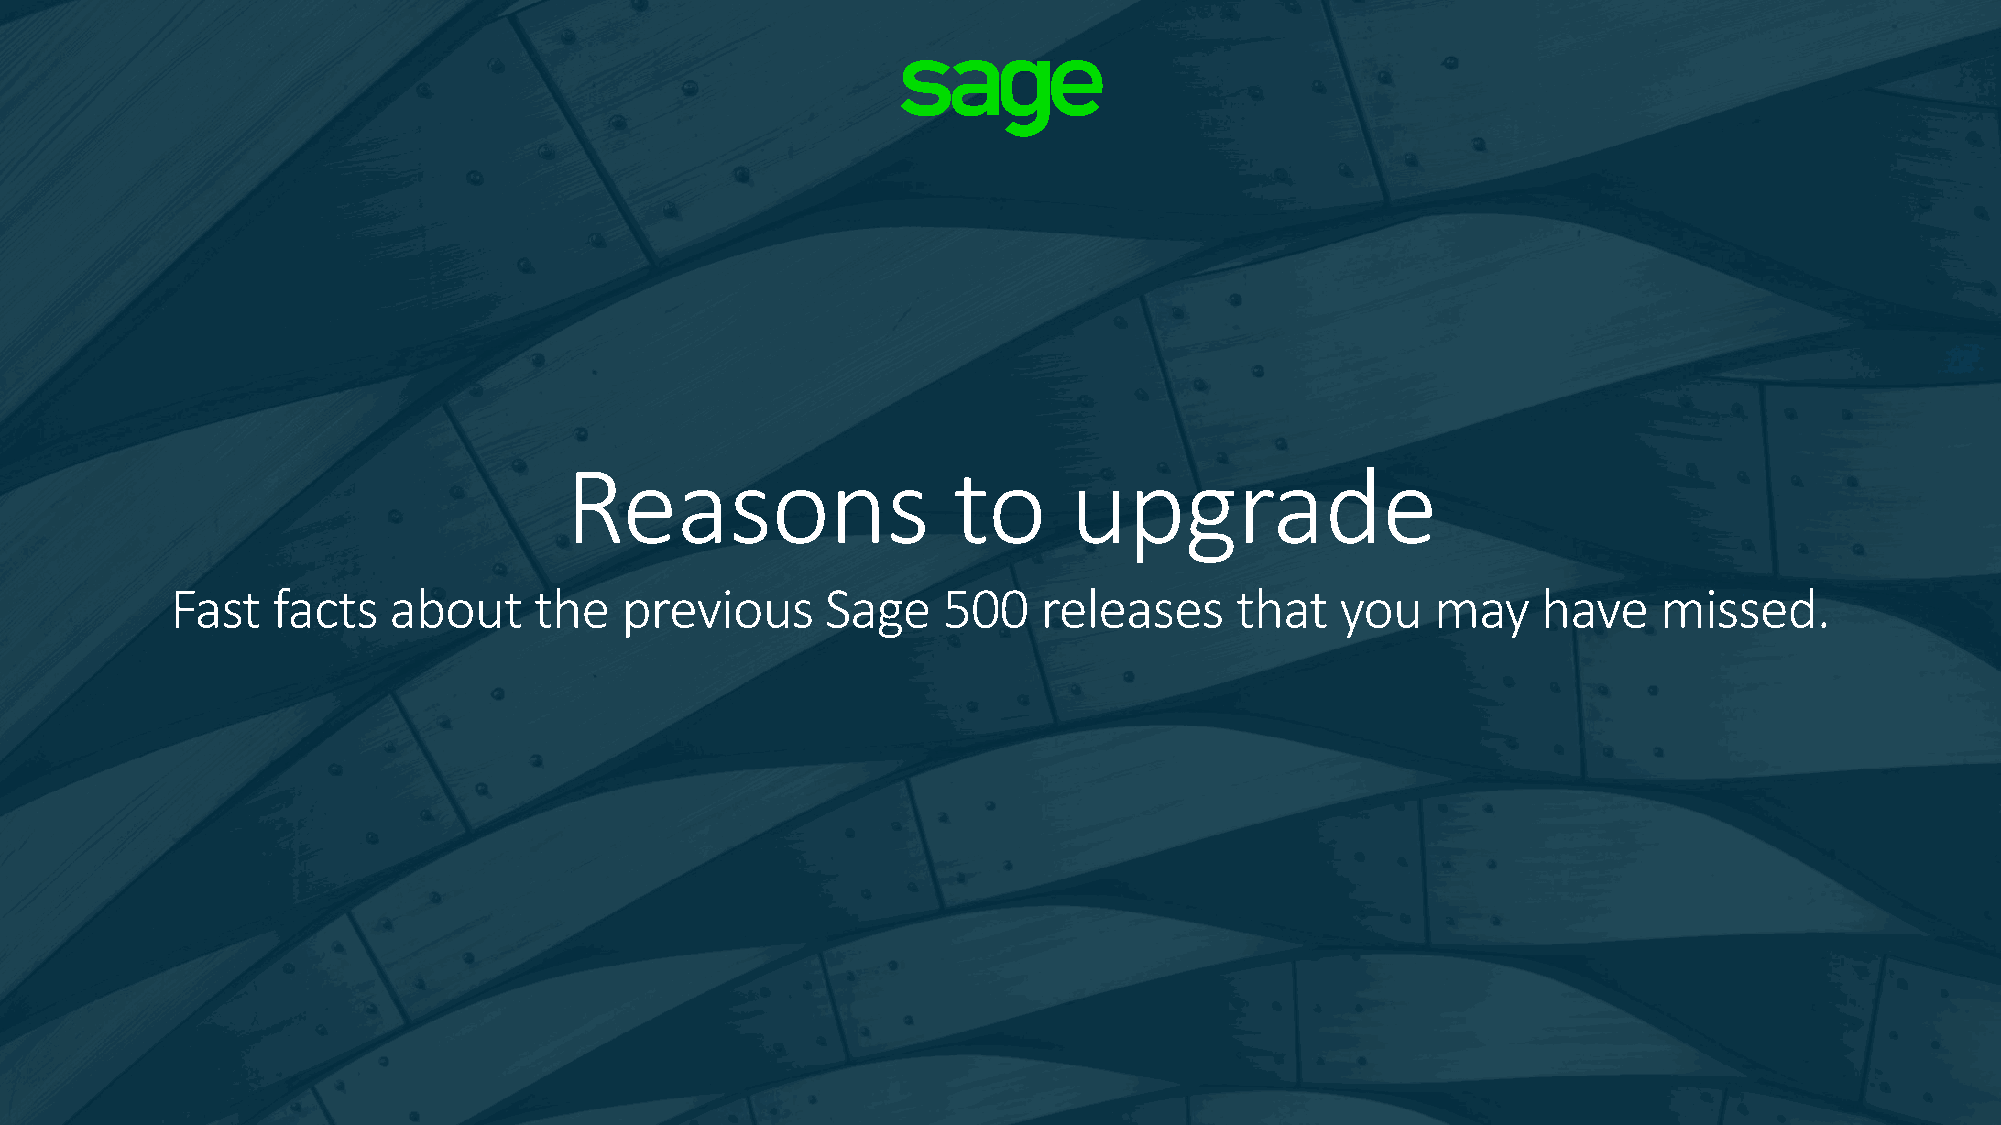
Reasons                   to      upgrade
 Fast   facts   about    the   previous      Sage   500    releases     that   you   may    have    missed.